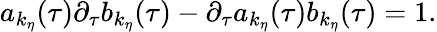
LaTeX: a_{k_{\eta}}(\tau)\partial_{\tau}b_{k_{\eta}}(\tau)-\partial_{\tau}a_{k_{\eta}}(\tau)b_{k_{\eta}}(\tau)=1.